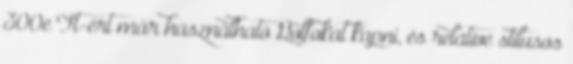
300e Ft-ért már használható Golfokat kapni, és relatíve stílusos